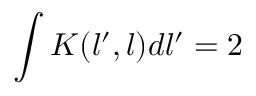
\int K ( l ^ { \prime } , l ) d l ^ { \prime } = 2